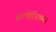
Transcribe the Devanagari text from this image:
अल्गोरिथ्म्स